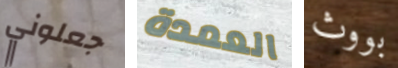
جعلوني العمدة بووث